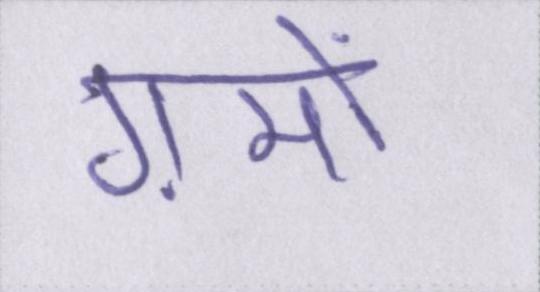
ग़मों